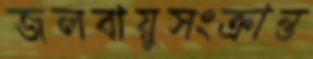
জলবায়ুসংক্রান্ত